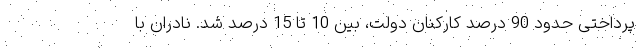
پرداختی حدود 90 درصد کارکنان دولت، بین 10 تا 15 درصد شد. نادران با